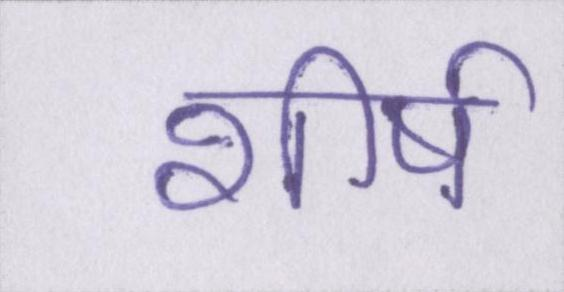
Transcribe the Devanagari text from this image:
शीर्ष